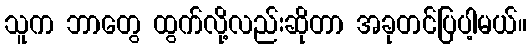
သူက ဘာတွေ ထွက်လို့လည်းဆိုတာ အခုတင်ပြပါ့မယ်။